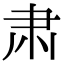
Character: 肃